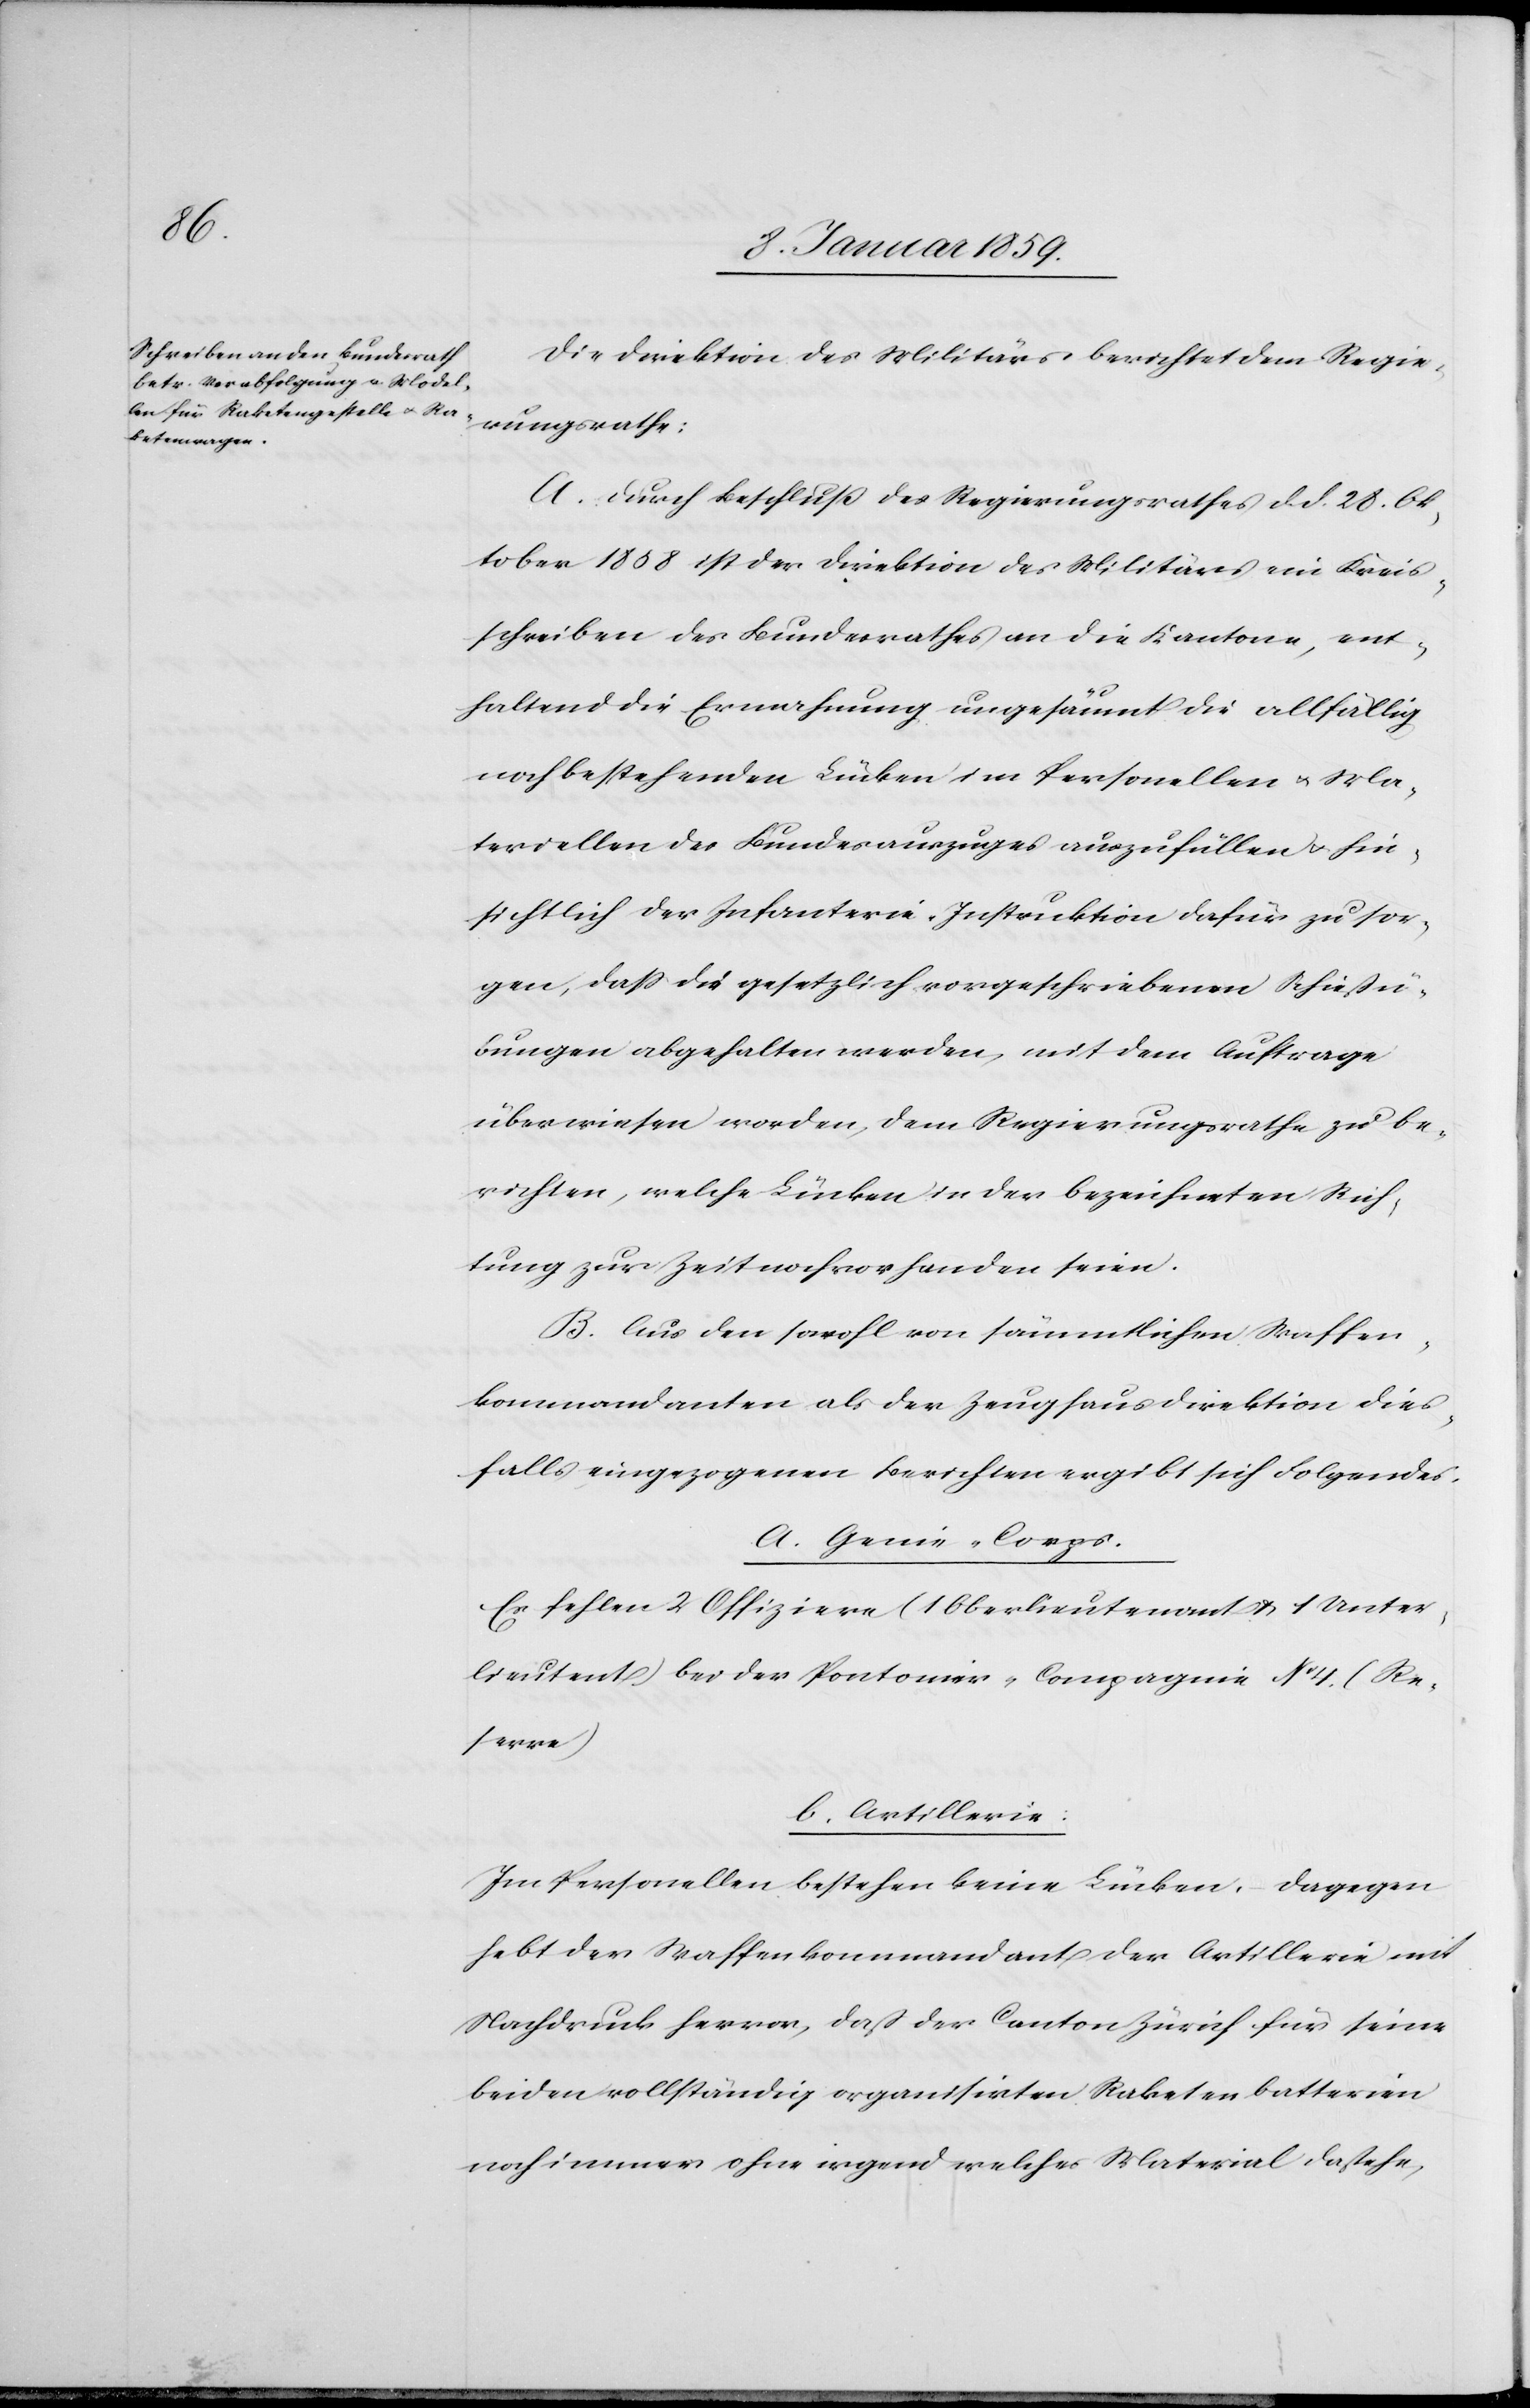
Die Direktion des Militärs berichtet dem Regie¬
rungsrath:
A. Durch Beschluß des Regierungsrathes d. d. 28. Ok¬
tober 1858 ist der Direktion des Militärs ein Kreis¬
schreiben des Bundesrathes an die Kantone, ent¬
haltend die Ermahnung ungesäumt die allfällig
noch bestehenden Lücken im Personellen u. Ma¬
teriellen des Bundesauszuges auszufüllen u. hin¬
sichtlich der Infanterie-Instruktion dafür zu sor¬
gen, daß die gesetzlich vorgeschriebenen Schießü¬
bungen abgehalten werden, mit dem Auftrage
überwiesen worden, dem Regierungsrathe zu be¬
richten, welche Lücken in der bezeichneten Rich¬
tung zur Zeit noch vorhanden seien.
B. Aus den sowohl von sämmtlichen Waffen¬
kommandanten als der Zeughausdirektion dies¬
falls eingezogenen Berichten ergibt sich Folgendes.
a. Genie-Corps:
Es fehlen 2 Offiziere (1 Oberlieutenant u. 1 Unter¬
lieuten[an]t bei der Pontonier-Compagnie No 4. (Re¬
serve)
b. Artillerie:
Im Personellen bestehen keine Lücken, dagegen
hebt der Waffenkommandant der Artillerie mit
Nachdruck hervor, daß der Canton Zürich für seine
beiden vollständig organisirten Raketenbatterien
noch immer ohne irgend welches Material dastehe,